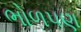
ભોળપણ